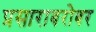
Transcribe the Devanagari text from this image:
प्रसाराबरोबर